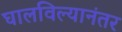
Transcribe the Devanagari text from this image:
घालविल्यानंतर